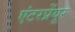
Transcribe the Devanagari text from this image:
एंटरप्रेंयूर